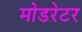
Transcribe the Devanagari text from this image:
मोडरेटर